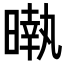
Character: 𣊎